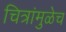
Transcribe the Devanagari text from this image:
चित्रांमुळेच